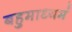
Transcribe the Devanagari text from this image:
बहुमाध्‍यमं